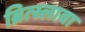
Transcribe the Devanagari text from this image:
ब्रित्स्लावा